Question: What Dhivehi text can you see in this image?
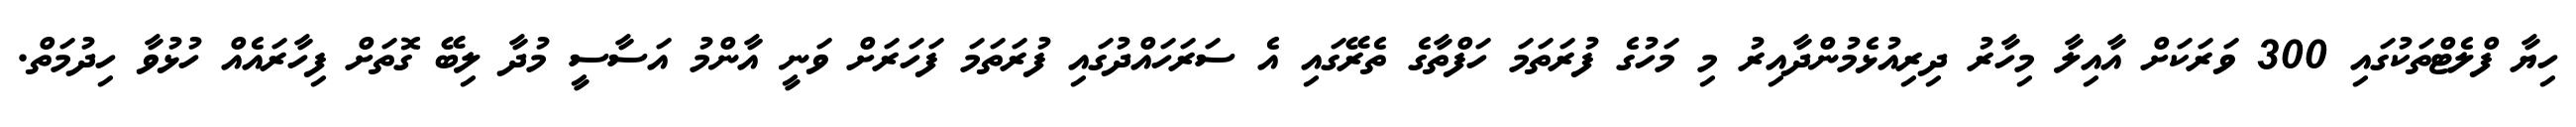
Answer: ހިޔާ ފްލެޓްތަކުގައި 300 ވަރަކަށް އާއިލާ މިހާރު ދިރިއުޅެމުންދާއިރު މި މަހުގެ ފުރަތަމަ ހަފްތާގެ ތެރޭގައި އެ ސަރަހައްދުގައި ފުރަތަމަ ފަހަރަށް ވަނީ އާންމު އަސާސީ މުދާ ލިބޭ ގޮތަށް ފިހާރައެއް ހުޅުވާ ހިދުމަތް.